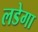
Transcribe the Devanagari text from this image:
लडेगा